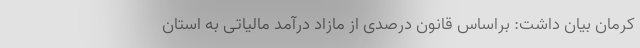
کرمان بیان داشت: براساس قانون درصدی از مازاد درآمد مالیاتی به استان